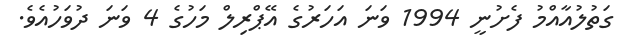
ގަތުލުއާއްމު ފެށުނީ 1994 ވަނަ އަހަރުގެ އޭޕްރިލް މަހުގެ 4 ވަނަ ދުވަހުއެވެ.